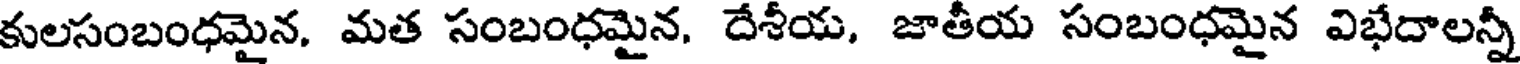
కులసంబంధమైన, మత సంబంధమైన, దేశీయ, జాతీయ సంబంధమైన విభేదాలన్నీ